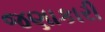
જણાકારી